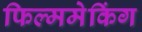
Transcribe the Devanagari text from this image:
फिल्ममेकिंग